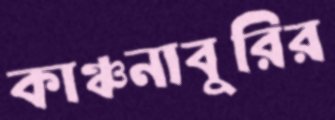
কাঞ্চনাবুরির